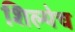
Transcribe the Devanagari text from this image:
शिल्पेच